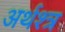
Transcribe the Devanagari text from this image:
अर्थश्त्र